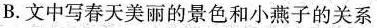
B文中写春天美丽的景色和小燕子的关系